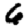
Digit: 6